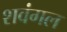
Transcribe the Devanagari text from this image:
शवंगल